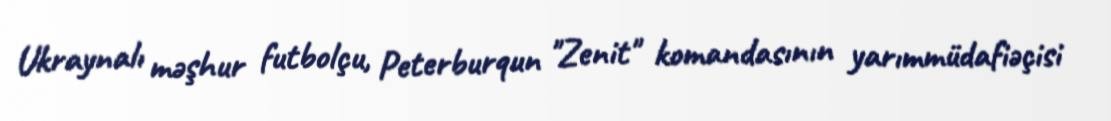
Ukraynalı məşhur futbolçu, Peterburqun "Zenit" komandasının yarımmüdafiəçisi